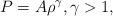
LaTeX: \begin{align*}P=A\rho^{\gamma}, \gamma> 1,\end{align*}